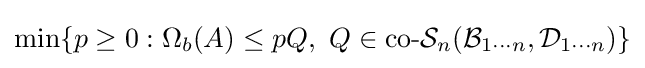
\min\{p\geq 0:\Omega _{b}(A)\leq pQ,\ Q\in {\text{co-}}{\mathcal {S}}_{n}({\mathcal {B}}_{1\cdots n},{\mathcal {D}}_{1\cdots n})\}